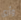
وأرى